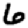
Digit: 6